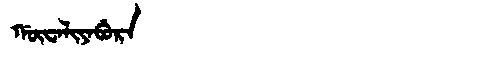
Manchu: ᡤᡡᠸᠠᠯᡳᠶᠠᠪᡠᡵᠠ
Romanization: GŪWALIYABURA